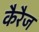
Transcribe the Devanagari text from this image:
कैरैज